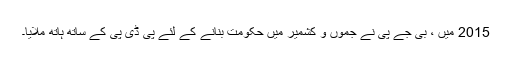
2015 میں ، بی جے پی نے جموں و کشمیر میں حکومت بنانے کے لئے پی ڈی پی کے ساتھ ہاتھ ملایا۔